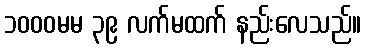
၁၀၀၀မမ ၃၉ လက်မထက် နည်းလေသည်။